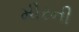
મીરની